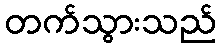
တက်သွားသည်